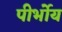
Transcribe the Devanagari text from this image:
पीर्भोय